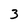
Character: 3